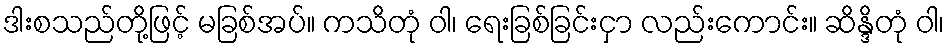
ဒါးစသည်တို့ဖြင့် မခြစ်အပ်။ ကသိတုံ ဝါ၊ ရေးခြစ်ခြင်းငှာ လည်းကောင်း။ ဆိန္ဒိတုံ ဝါ၊